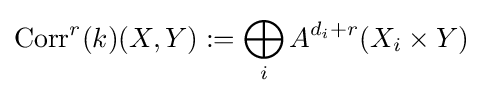
\operatorname {Corr} ^{r}(k)(X,Y):=\bigoplus _{i}A^{d_{i}+r}(X_{i}\times Y)